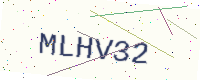
Text: MLHV32